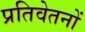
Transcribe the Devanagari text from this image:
प्रतिवेतनों